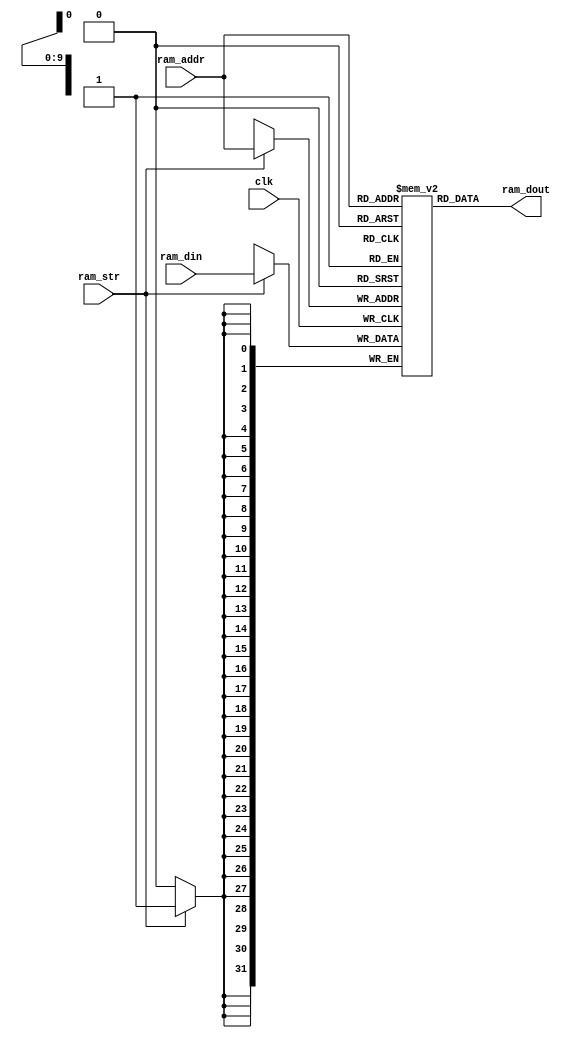
module ram(
    input clk,
    input ram_str,
    input [ADDR_WID-1:0] ram_addr,
    input [DATA_WID-1:0] ram_din,
    output [DATA_WID-1:0] ram_dout
    );
    parameter DATA_WID=32;
    parameter ADDR_WID=10;
    
    reg [DATA_WID-1:0] ram_content[2**ADDR_WID-1:0];
        
    always@(posedge clk)
    begin
        if(ram_str)
        begin
            ram_content[ram_addr]<=ram_din;            
        end
    end
        
    assign ram_dout=ram_content[ram_addr];
    
endmodule